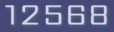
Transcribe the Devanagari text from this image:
१२५६८